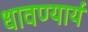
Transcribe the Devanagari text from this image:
धावण्यार्य